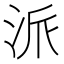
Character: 派